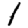
Digit: 1